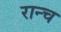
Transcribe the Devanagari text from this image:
रान्च